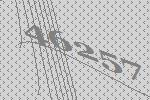
46257